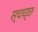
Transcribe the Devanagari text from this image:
स्चच्छ